画像に写った文字を読んでください
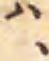
「ハ、」と書いてあります